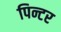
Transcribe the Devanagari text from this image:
पिन्टर